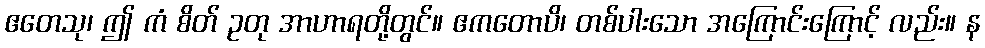
ဧတေသု၊ ဤ ကံ စိတ် ဥတု အာဟာရတို့တွင်။ ဧကတောပိ၊ တစ်ပါးသော အကြောင်းကြောင့် လည်း။ န